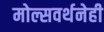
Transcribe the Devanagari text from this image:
मोल्सवर्थनेही